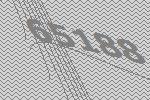
65188